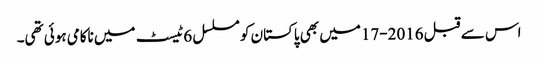
اس سے قبل 2016-17میں بھی پاکستان کو مسلسل 6ٹیسٹ میں ناکامی ہوئی تھی۔